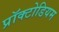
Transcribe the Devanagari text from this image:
प्रॉक्टोडियम